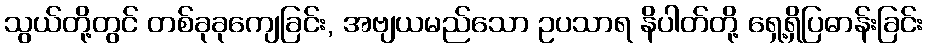
သွယ်တို့တွင် တစ်ခုခုကျေခြင်း, အဗျယမည်သော ဥပသာရ နိပါတ်တို့ ရှေ့ရှိပြဓာန်းခြင်း